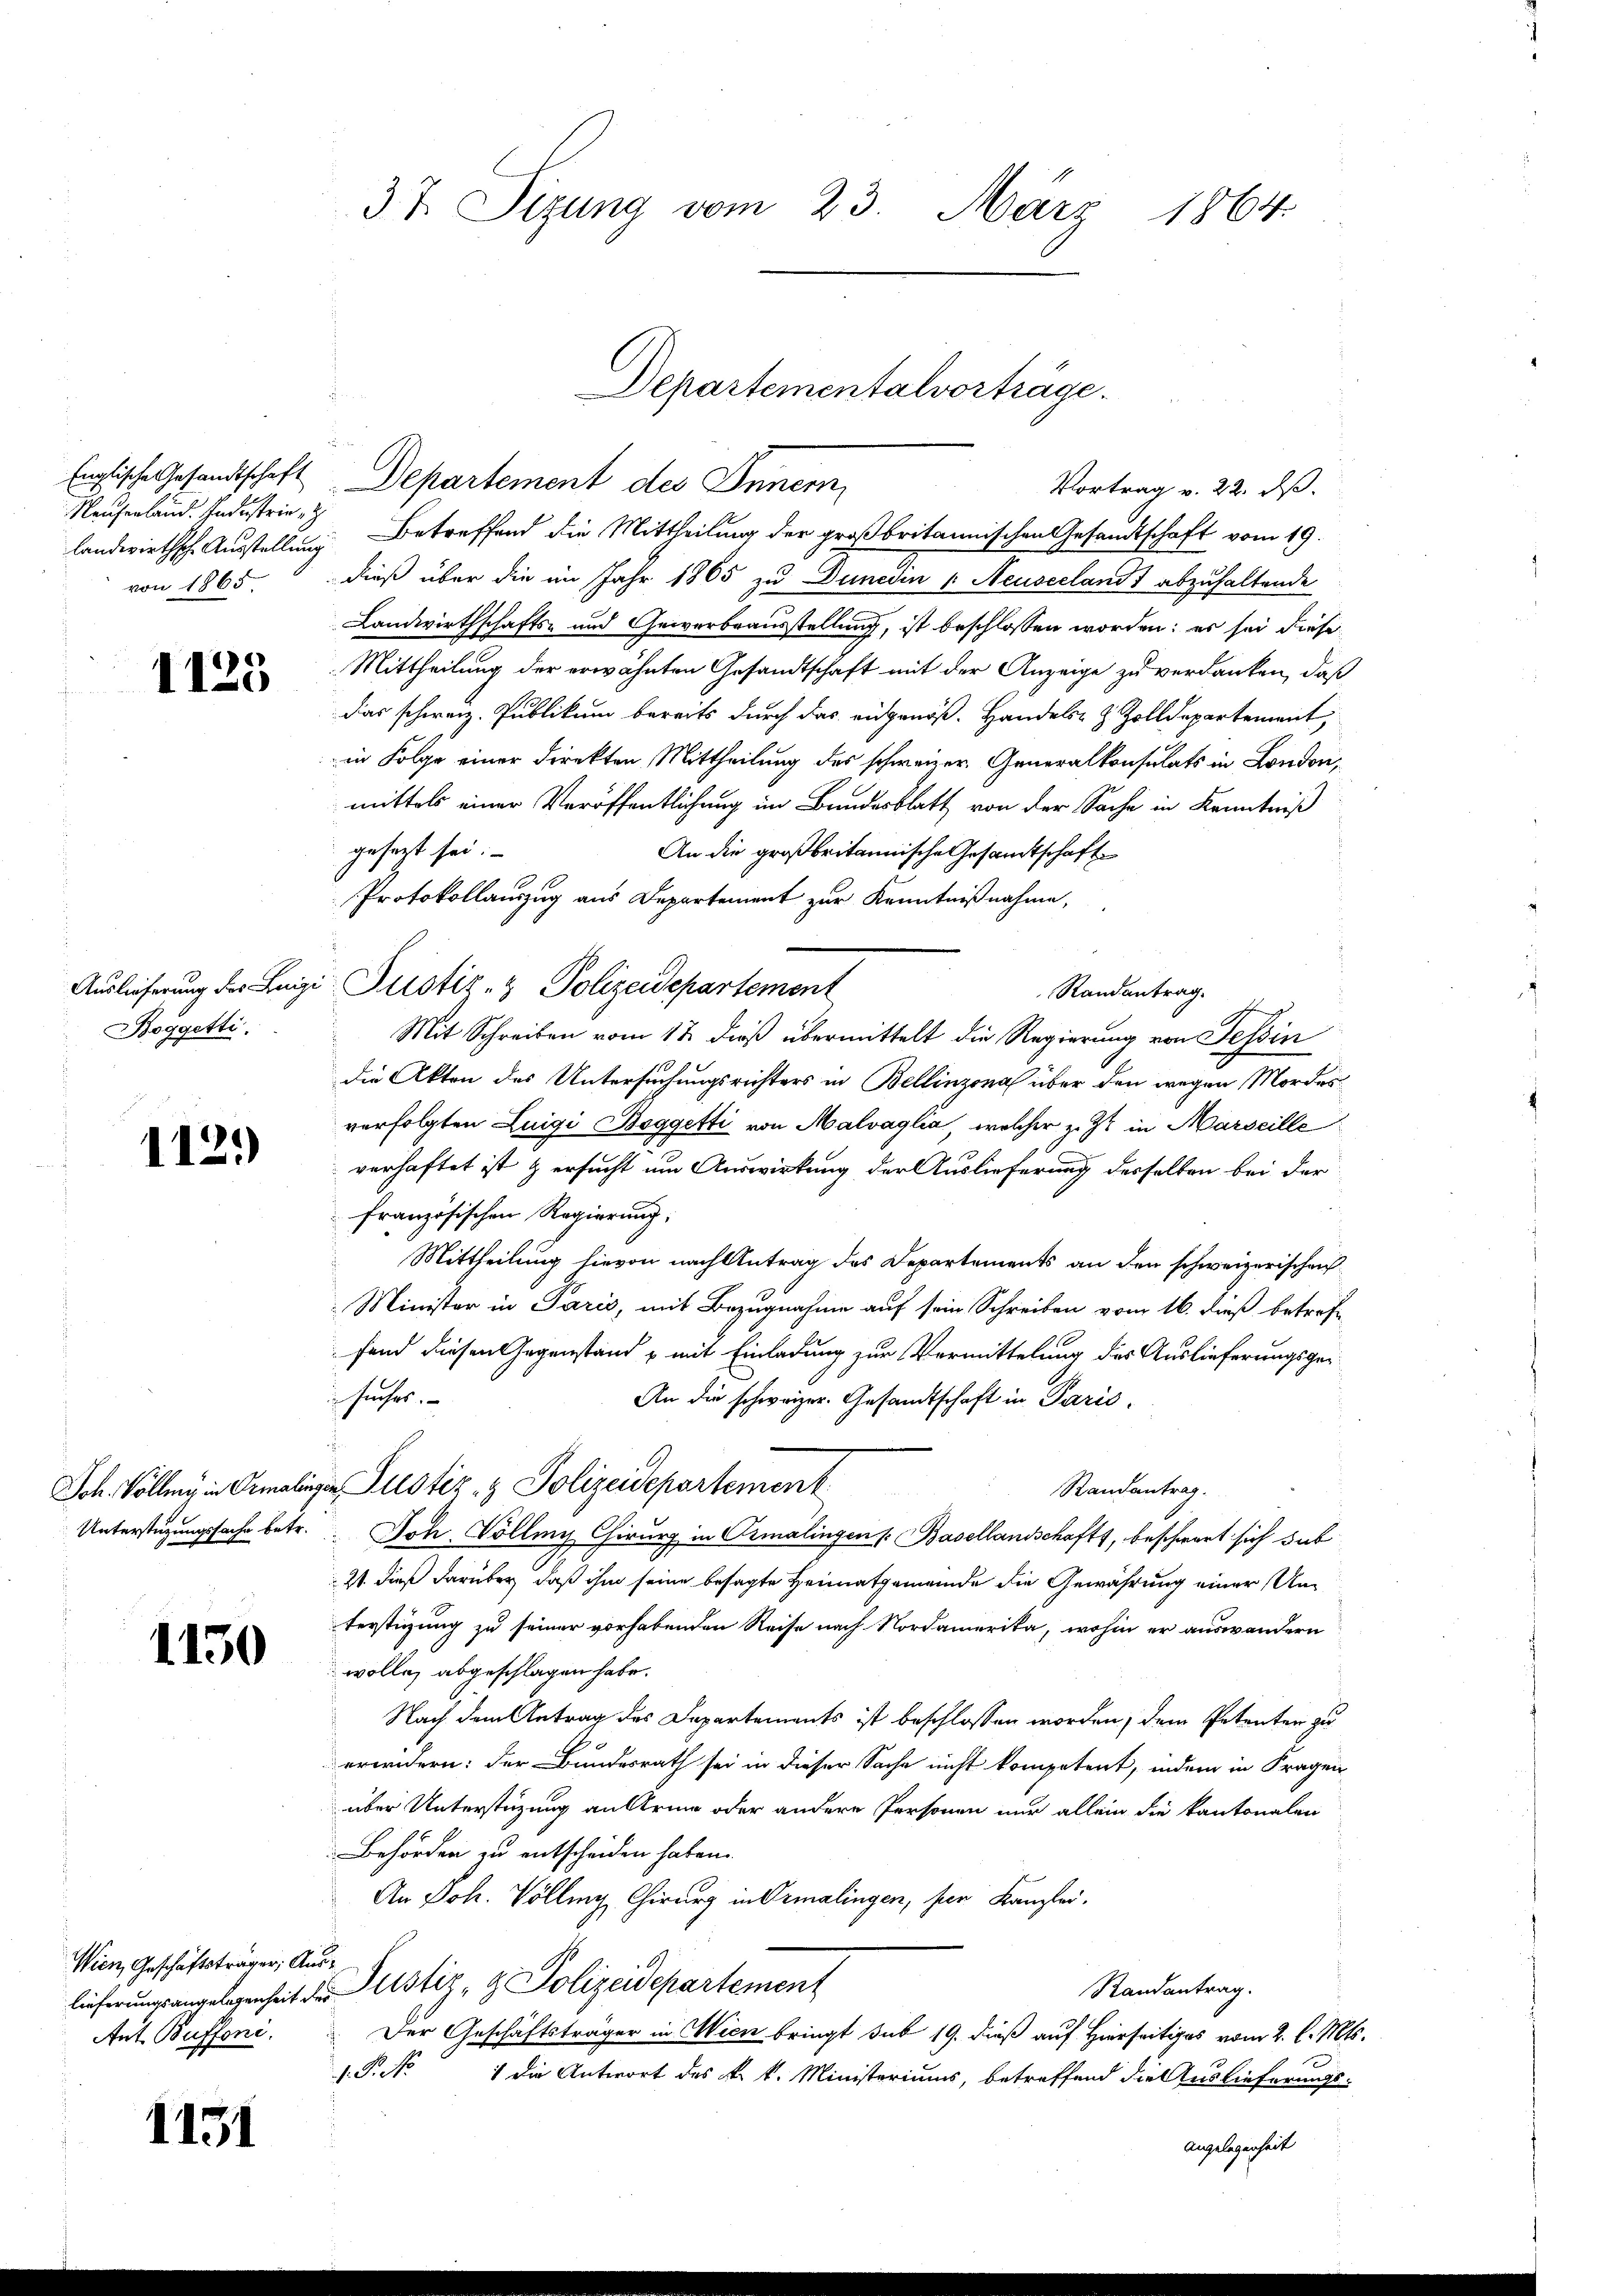
Nauferland. Industrie,
landwirthsche Ausstellung
von 1865

1125

Boggetti.

1121

1150

Wien, Geschäftsträger, Aus¬
Ant. Buffoni.

1151

3t. Sizung vom 23. März 1864.

Englische Gesandtschaft Departement des Innern,
Betreffend die Mittheilung der großbritannischen Gesandtschaft vom 19.
dieß über die im Jahr 1865 zu Duncdin : Neuseelandt abzuhaltende
Landwirthschafts- und Gewerbsausstellung, ist beschlossen worden; es sei diese
Mittheilung der erwähnten Gesandtschaft mit der Anzeige zu verdanken, daß
das schweiz. Publikum bereits durch das eidgenöß. Handels- & Zolldepartement,
in Folge einer Direkten Mittheilung des schweizer Generalkonsulats in London,
mittels einer Veröffentlichung im Bundesblatt von der Sache in Kenntniß
gesezt sei.
An die großbritannische Gesandtschaft
Protokollauszug aus Departement zur Kenntnißnahme,
Auslieferung der Luigi-Pustiz- & Polizeidepartement
Randantrag.
Mit Schreiben vom 12. dieß übermittelt die Regierung von Tessin
die Akten des Untersuchungsrichters in Bellinzona über den wegen Mordesverfolgten Luigi Boggetti von Malvaglia, welcher z. Z. in Marseille
verhaftet ist & ersucht um Auswirkung der Auslieferung desselben bei der
französischen Regierung:
Mittheilung hievon nach Antrag des Departements an den schweizerischen
Minister in Paris, mit Bezugnahme auf sein Schreiben vom 16. dieß betref
fend diesen Gegenstand & mit Einladung zur Vermittelung des Auslieferungsgesuches. |
An die schweizer. Gesandtschaft in Paris,
Joh. Solle, in Ormalingen Justiz- & Polizeidepartement
Randantrag.
Unterstüzungssache betr. Joh. Völling Chirurg in Crmalingen s. Basellandschaft, beschwart sich sub
21 dieß darüber, daß ihm seine besagte Heimatgemeinde die Gewährung einer Unterstigung zu seiner vorhabenden Reise nach Nordamerika, wohin er auswandern
wolle, abgeschlagen habe.
Nach dem Antrag des Departements ist beschlossen worden, dem Petenten zu
erändern: der Bundesrath sei in dieser Sache nicht kompetent, indem in Fragen
über Unterstüzung an Arme oder andere Personen nur allein die kantonalen
Behörden zu entscheiden haben.
An Joh. Völling Chirurg in Ormalingen, hier Kanzlei.
Randantrag.
lieferungsangelegenheit der Justiz- & Polizeidepartement
Der Geschäftsträger in Wien bringt sub 19. dieß auf Hierseitiges vom 2. l. Mts.
d. P. No 1 die Antwort des k. k. Ministeriums, betreffend die Auslieferungs-
angelegenheit

Departementalvorträge.
Vortrag v. 22. dß.